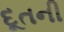
દૂતની